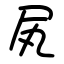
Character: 㞍